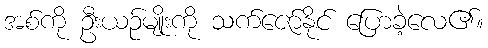
အစ်ကို ဦးယဉ်မျိုးကို သက်ဇော်နိုင် ပြောခဲ့လေ၏။